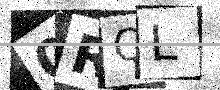
Text: 0RQL